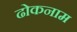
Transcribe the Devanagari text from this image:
ढोकनाम